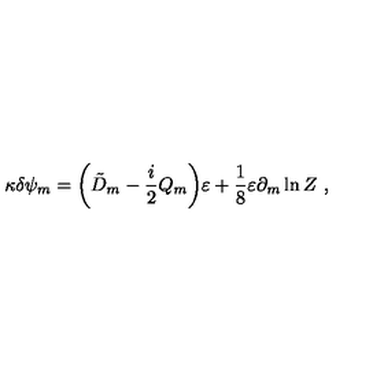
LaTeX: \kappa \delta \psi _ { m } = \biggl ( \tilde { D } _ { m } - { \frac { i } { 2 } } Q _ { m } \biggr ) \varepsilon + \frac { 1 } { 8 } \varepsilon \partial _ { m } \ln Z \ ,